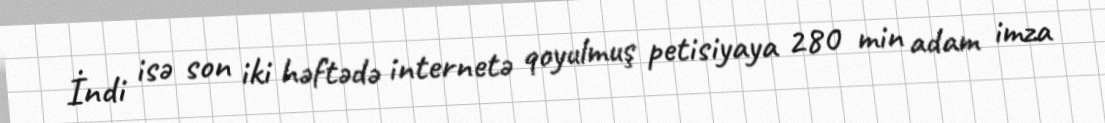
İndi isə son iki həftədə internetə qoyulmuş petisiyaya 280 min adam imza